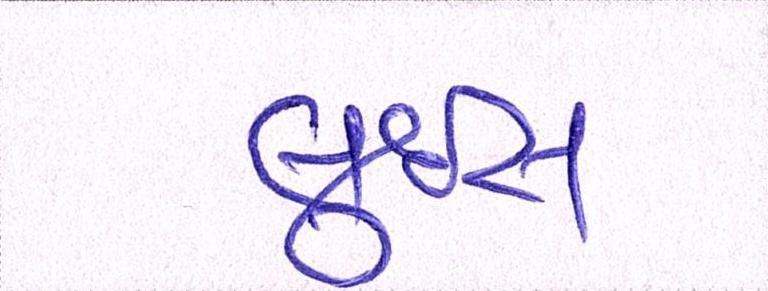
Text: લુઇસ